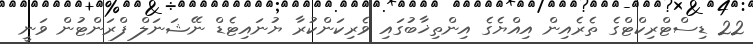
22 ޑިސްޓްރިކްޓްގެ ތެރެއިން އިއްޔެގެ އިންތިޚާބުގައި ވެރިކަންކުރާ ޔުނައިޓެޑް ނޭޝަނަލް ފްރަންޓުން ވަނީ